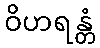
ဝိဟရန္တံ